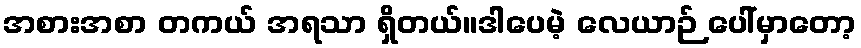
အစားအစာ တကယ် အရသာ ရှိတယ်။ဒါပေမဲ့ လေယာဉ် ပေါ်မှာတော့